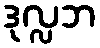
ဒုလ္လဘ